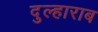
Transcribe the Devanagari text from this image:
दुल्हाराब